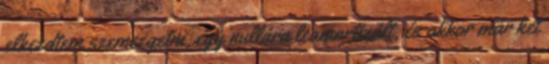
elkezdtem szemezgetni, egy nullára leamortizált, és akkor már két